Vaccination in the Punjab 1919-1929 - 1919-1929
Year: 1919
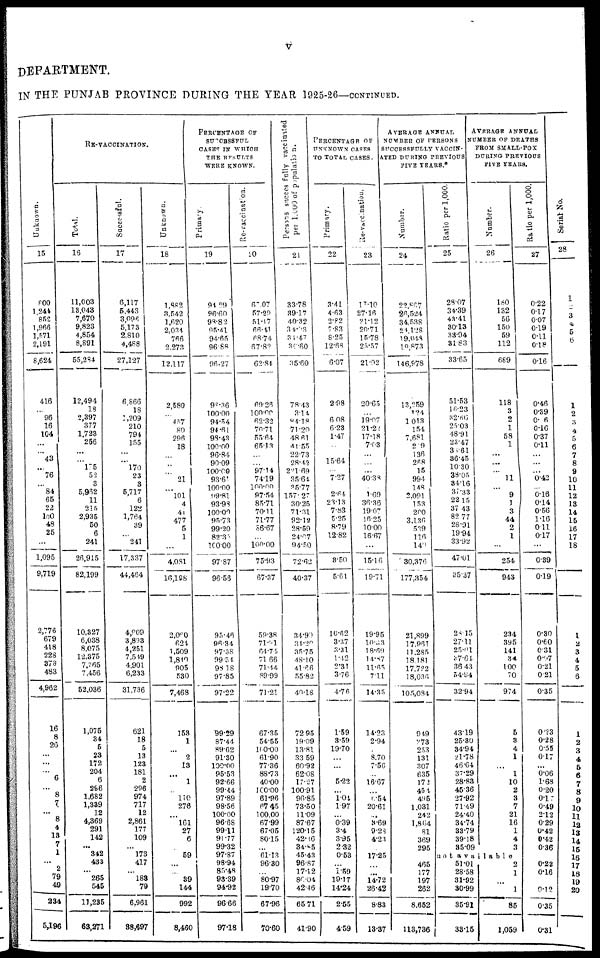
v
DEPARTMENT.
IN THE PUNJAB PROVINCE DURING THE YEAR 1925-26—CONTINUED.
Unknown.
15
800
1,244
852
1,966
1,571
2,191
8,624
416
...
96
16
104
...
...
43
...
76
...
84
65
22
100
48
25
...
1,095
9,719
2,776
679
418
228
378
483
4,962
16
8
20
...
...
...
6
...
8
7
...
8
4
13
7
1
...
2
79
49
234
5,196
RE-VACCINATION.
Total.
16
11,003
13,043
7,670
9,823
4,854
8,891
55,284
12,494
18
2,397
377
1,723
256
...
...
175 52
3
5,962
11
215
2,935
50
6
241
26,915
82,199
10,327
6,038
8,075
12,375
7,765
7,456
52,036
1,075
34
5
23
172
204
6
296
1,682
1,339
12
4,369
291
142
...
342
433
...
265
545
11,235
63,271
Successful.
17
6,117
5,443
3,096
5,173
2,810
4,488
27,127
6,866
18
1,209
210
794
155
...
... 170 23
3
5,717
6
122
1,764
39
... 241
17,337
44,464
4,909
3,893
4,251
7,549
4,901
6,233
31,736
621
18
5
13
123
181
2
296
974
717
12
2,861
177
109
...
173
417
...
188
79
6,961
38,697
Unknown.
18
1,882
3,542
1,620
2,034
766
2,273
12,117
2,580
...
457
80
296
18
...
...
...
21
...
101
1
41
477
5
1
...
4,081
16,198
2,060
624
1,509
1,810
905
530
7,468
153
1
...
2
13
...
1
...
110
276
...
161
27
6
59
...
...
39
144
992
8,460
PERCENTAGE OF
SUCCESSFUL
CASES IN WHICH
THE RESULTS
WERE KNOWN.
Primary.
19
94.29
96.60
98.82
95.41
94.65
96.88
96.27
98.36
100.00
94.54
94.61
98.43
100.00
96.84
90.09
100.00
93.6
100.00
99.81
93.98
100.00
95.73
99.20
83.35
100.00
97.87
96.56
95.46
96.34
97.38
09.34
98.18
97.85
97.22
99.29
87.44
89.62
91.30
100.00
95.53
92.66
99.44
97.89
98.56
100.00
96.68
99.11
91.77
99.32
97.87
98.94
85.48
93.39
94.92
96.66
97.18
Re-vaccination.
20
67.07
57.29
51.17
66.41
68.74
67.82
62.84
69.26
100.00
62.32
70.71
55.64
65.13
...
...
97.14
74.19
100.00
97.54
85.71
70.11
71.77
86.67
...
100.00
75.93
67.37
59.38
71.91
64.74
71.66
71.44
89.99
71.21
67.35
54.55
100.00
61.90
77.36
88.73
40.00
100.00
61.96
67.45
100,00
67.99
67005
80.15
...
61.13
96.30
...
80.97
19.70
67.96
70.60
Persons succesfully vaccinated
per 1,000 of population.
21
33.78
39.17
40.32
34.93
34.47
30.60
35.60
78.43
3.14
84.18
71.20
48.61
41.55
22.73
28.42
281.69
35.64
35.77
157.27
30.25
71.31
92.12
28.59
24.07
94.50
72.62
40.37
34.90
34.20
35.75
48.10
4l.66
55.82
40.18
72.95
19.09
13.81
33.59
60.92
62.08
17.27
100.91
96.85
73.50
11.09
87.67
120.15
42.86
34.85
45.43
96.87
17.12
86.04
42.46
65.71
41.90
PERCENTAGE OF
UNKNOWN CASES
TO TOTAL CASES.
Primary.
22
3.41
4.63
2.82
7.83
8.25
12.68
6.07
2.98
6.08
6.23
1.47
...
15.64
... 7.27
2.64
23.13
7.83
5.25
8.79
12.82
3.50
5.61
10.62
3.37
3.31
1.42
2.31
3.76
4.76
1.59
3.59
19.70
...
...
5.22
...
1.04
1.97
...
0.39
3.4
3.95
2.32
0.53
...
1.59
19.17
14.24
2.55
4.59
Re-vaccination.
23
17.10
27.16
21.12
20.71
15.78
25.57
21.02
20.65
...
19.07
21.22
17.18
7.03
...
...
... 40.38
...
1.69
36.36
19.07
16.25
10.00
16.67
...
15.16
19.71
19.95
10.83
18.69
14.87
11.65
7.11
14.35
14.23
2.94
...
8.70
7.56
...
16.67
...
6.54
20.61
...
8.69
9.28
4.23
...
17.25
...
...
14.72
26.42
8.83
13.37
AVERAGE ANNUAL
NUMBER OF PERSONS
SUCCESSFULLY VACCIN-
ATED DURING PREVIOUS
FIVE TEARS.*
Number.
24
22,867
26,524
34,538
24,128
19,048
19,873
146,978
13,259
124
1,013
154
7,681
209
136
288
15
994
148
2,091
153
200
3,136
539
116
140
30,376
177,354
21,899
17,961
11,285
18,181
17,722
18,036
105,084
949
273
253
131
307
635
172
454
495
1,031
242
1,864
81
369
295
465
177
197
262
8,652
113,736
Ratio per 1,000.
25
28.07
34.39
43.41
30.13
33.94
31.83
33.65
51.53
16.23
32.66
25.03
48.91
23.47
30.61
36.45
10.30 38.05
34.16 37.33
22.15
37.43
82.77
28.91
19.94
33.92
47.01
35.37
28.15
27.11
25.01
87.64
36.43
54.84
32.94
43.19
25.30
34.94
21.78
46.64
37.29
28.83
45.36
27.92
71.49
24.40
34.74
33.79
39.18
35.09
AVERAGE ANNUAL
NUMBER OF DEATHS
FROM SMALL-POX
DURING PREVIOUS
FIVE YEARS.
Number.
26
180
132
56
150
59
112
689
118
3
2
1
58
1
...
...
...
11
...
9
1
3
44
2
1
...
254
943
234
395
141
34
100
70
974
5
3
4
1
...
1
10
2
3
7
21
16
1
4
3
not available
51.01
28.58
31.92
30.99
35.91
33.15
2
1
...
1
85
1,059
Ratio per 1,000.
27
0.22
0.17
0.07
0.19
0.11
0.18
0.16
0.46
0.39
0.06
0.16
0.37
0.11
...
...
... 0.42
... 0.16
0.14
0.56
1.16
0.11
0.17
...
0.39
0.19
0.30
0.60
0.31
0.07
0.21
0.21
0.35
0.23
0.28
0.55
0.17
...
0.06
1.68
0.20
o.17
0.49
2.12
0.29
0.42
0.42
0.36
0.22
0.16
0.12
0.35
0.31
Serial No.
28
1
2
3
4
5
6
1
2
3
4
5
6
7
8
9
10
11
12
13
14
15
16
17
18
1
2
3
4
5
6
1
2
3
4
5
6
7
8
9
10
11
12
13
14
15
16
17
18
19
20